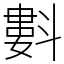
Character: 㪹